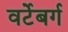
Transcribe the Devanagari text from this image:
वर्टेबर्ग